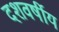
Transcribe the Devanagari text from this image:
दशवर्षीय